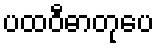
ပထဝီဓာတုပေ